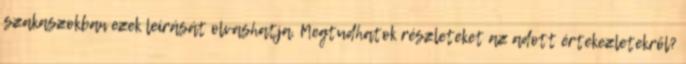
szakaszokban ezek leírását olvashatja. Megtudhatok részleteket az adott értekezletekről?